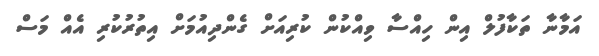
އަމާނާ ތަކާފުލް އިން ހިއްސާ ވިއްކުން ކުރިއަށް ގެންދިއުމަށް އިތުރުކުރި އެއް މަސް